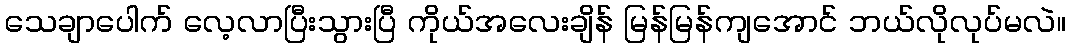
သေချာပေါက် လေ့လာပြီးသွားပြီ ကိုယ်အလေးချိန် မြန်မြန်ကျအောင် ဘယ်လိုလုပ်မလဲ။